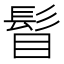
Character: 𩬞